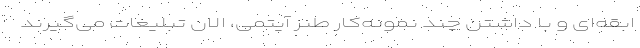
ابقه‌ای و با داشتن چند نمونه‌کار طنز آیتمی، الان تبلیغات می‌گیرند